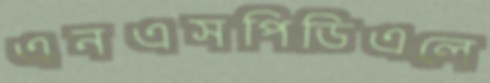
এনএসপিডিএলে